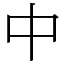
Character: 中